Vaccine operations Central Provinces 1868-1885 - 1868-1885
Year: 1868
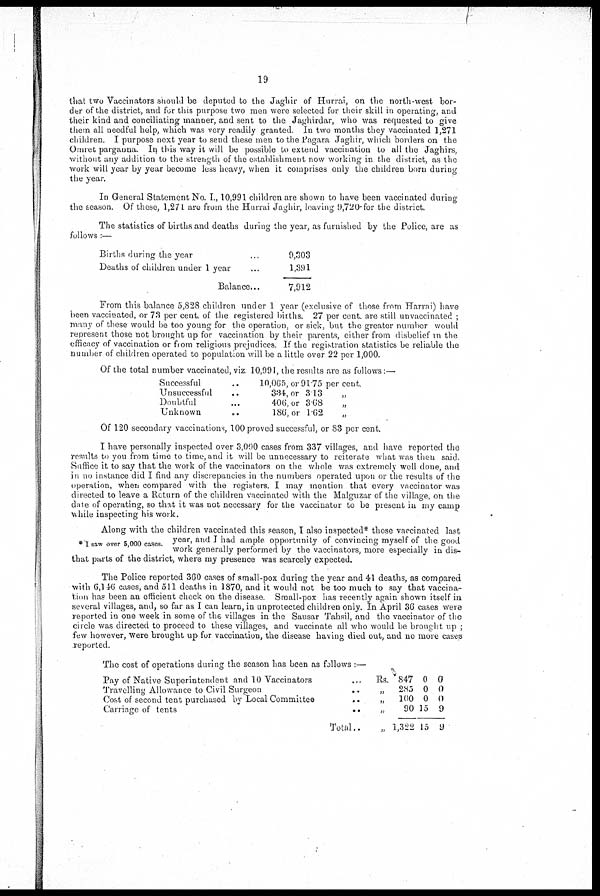
19
that two Vaccinators should be deputed to the Jaghir of Hurrai, on the north-west bor-
der of the district, and for this purpose two men were selected for their skill in operating, and
their kind and conciliating manner, and sent to the Jaghirdar, who was requested to give
them all needful help, which was very readily granted. In two months they vaccinated 1,271
children. I purpose next year to send these men to the Pagara Jaghir, which borders on the
Omret parganna. In this way it will be possible to extend vaccination to all the Jaghirs,
without any addition to the strength of the establishment now working in the district, as the
work will year by year become less heavy, when it comprises only the children born during
the year.
In General Statement No. I.,10,991 children are shown to have been vaccinated during
the season. Of these, 1,271 are from the Hurrai Jaghir, leaving 9,720 for the district.
The statistics of births and deaths during the year, as furnished by the Police, are as
follows :—
Births during the year ...
Deaths of children under 1 year ...
Balance...
9,303
1,391
7,912
From this balance 5,828 children under 1 year (exclusive of those from Harrai) have
been vaccinated, or 73 per cent. of the registered births. 27 per cent. are still unvaccinated ;
many of these would be too young for the operation, or sick, but the greater number would
represent those not brought up for vaccination by their parents, either from disbelief in the
efficacy of vaccination or from religious prejudices. If the registration statistics be reliable the
number of children operated to population will be a little over 22 per 1,000.
Of the total number vaccinated, viz 10,991, the results are as follows:—
Successful ..
Unsuccessful ..
Doubtful ..
Unknown
..
10,065, or 91.75 per cent.
334, or 313 „
406, or 368 „
186, or 1.62 „
Of 120 secondary vaccinations, 100 proved successful, or 83 per cent.
I have personally inspected over 3,000 cases from 337 villages, and have reported the
results to you from time to time,and it will be unnecessary to reiterate what was then said.
Suffice it to say that the work of the vaccinators on the whole was extremely well done, and
in no instance did I find any disciepancies in the numbers operated upon or the results of the
operation, when compared with the registers. I may mention that every vaccinator was
directed to leave a Return of the children vaccinated with the Malguzar of the village, on the
date of operating, so that it was not necessary for the vaccinator to be present in my camp
while inspecting his work.
* 1 saw over 5,000 cases.
Along with the children vaccinated this season, I also inspected* those vaccinated last
year, and I had ample opportunity of convincing myself of the good
work generally performed by the vaccinators, more especially in dis-
that parts of the district, where my presence was scarcely expected.
The Police reported 360 cases of small-pox during the year and 41 deaths, as compared
with 6,146 cases, and 511 deaths in 1870, and it would not be too much to say that vaccina-
tion has been an efficient check on the disease. Small-pox has recently again shown itself in
several villages, and, so far as I can learn, in unprotected children only. In April 36 cases were
reported in one week in some of the villages in the Sausar Tahsil, and the vaccinator of the
cricle was directed to proceed to these villages, and vaccinate all who would be brought up ;
few however, were brought up for vaccination, the disease having died out, and no more cases
reported.
The cost of operations during the season has been as follows :—
Pay of Native Superintendent and 10 Vaccinators ...
Travelling Allowance to Civil Surgeon
...
Cost of second tent purchased by Local Committee
..
Carnage of tents
...
Total..
Rs.
„
„
„
„
847
285
100
90
1,322
0
0
0
15
15
0
0
0
9
9